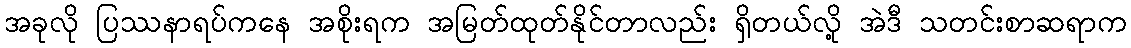
အခုလို ပြဿနာရပ်ကနေ အစိုးရက အမြတ်ထုတ်နိုင်တာလည်း ရှိတယ်လို့ အဲဒီ သတင်းစာဆရာက